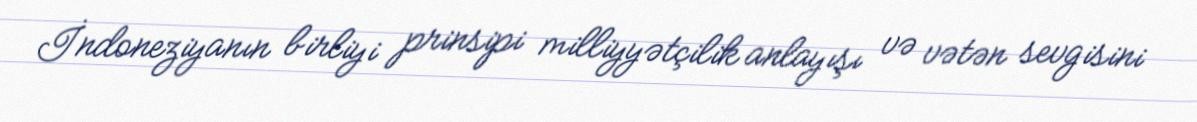
İndoneziyanın birliyi prinsipi milliyyətçilik anlayışı və vətən sevgisini